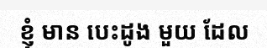
ខ្ញុំ មាន បេះដូង មួយ ដែល